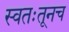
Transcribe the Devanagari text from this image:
स्वतःतूनच